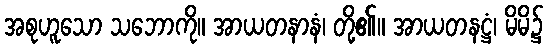
အစုဟူသော သဘောကို။ အာယတနာနံ၊ တို့၏။ အာယတနဋ္ဌံ၊ မိမိ၌